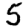
Digit: 5